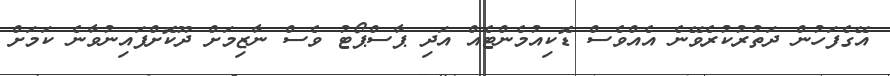
އޭގެފަހުން ދަތުރުކުރެވޭނެ އެއްވެސް ޑޮކިއުމެންޓެއް އަދި ޕާސްޕޯޓު ވެސް ނާޒިމަށް ދޫކޮށްފައިނުވާނެ ކަމަށް